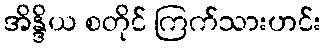
အိန္ဒိယ စတိုင် ကြက်သားဟင်း